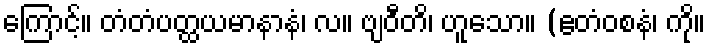
ကြောင့်။ တံတံပတ္ထယမာနာနံ၊ လ။ ဗျဝီတိ၊ ဟူသော။ (ဧတံဝစနံ၊ ကို။